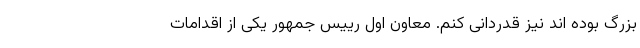
بزرگ بوده اند نیز قدردانی کنم. معاون اول رییس جمهور یکی از اقدامات